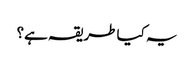
یہ کیا طریقہ ہے؟